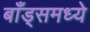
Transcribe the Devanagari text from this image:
बाँड्समध्ये